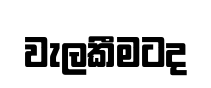
වැලකීමටද